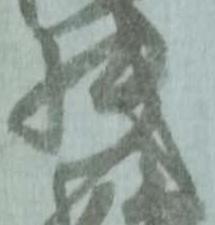
機